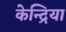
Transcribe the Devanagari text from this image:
केन्द्रिया